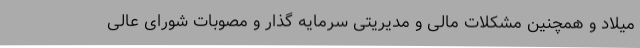
میلاد و همچنین مشکلات مالی و مدیریتی سرمایه گذار و مصوبات شورای عالی